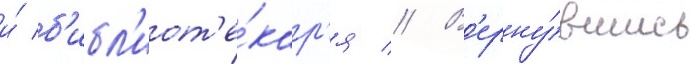
и́ б'ибл'иот'е́кар'я // В'ерну́вшись